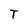
Character: T